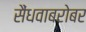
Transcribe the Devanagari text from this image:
सैंधवाबरोबर